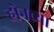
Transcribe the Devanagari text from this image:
ऱ्होनच्या